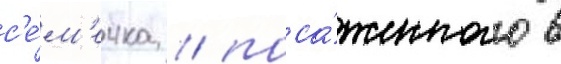
с'е́м'ечка / поса́женного в